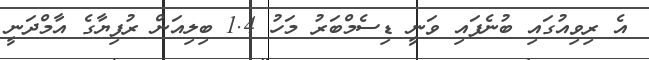
އެ ރިވިއުގައި ބުނެފައި ވަނީ ޑިސެމްބަރު މަހު 1.4 ބިލިއަން ރުފިޔާގެ އާމްދަނީ